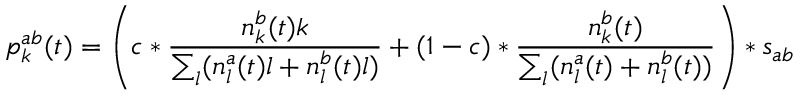
p _ { k } ^ { a b } ( t ) = \left( c * \frac { n _ { k } ^ { b } ( t ) k } { \sum _ { l } ( n _ { l } ^ { a } ( t ) l + n _ { l } ^ { b } ( t ) l ) } + ( 1 - c ) * \frac { n _ { k } ^ { b } ( t ) } { \sum _ { l } ( n _ { l } ^ { a } ( t ) + n _ { l } ^ { b } ( t ) ) } \right) * s _ { a b }